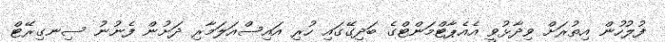
ފުލުހުން އިތުރަށް ވިދާޅުވީ އެއެޕާޓްމަންޓްގެ ބަދިގޭގައި ހުރި އައިސްއަލަމާރި ދަށުން ފެނުނު ސިނގިރޭޓް